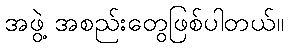
အဖွဲ့ အစည်းတွေဖြစ်ပါတယ်။